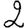
Digit: 2